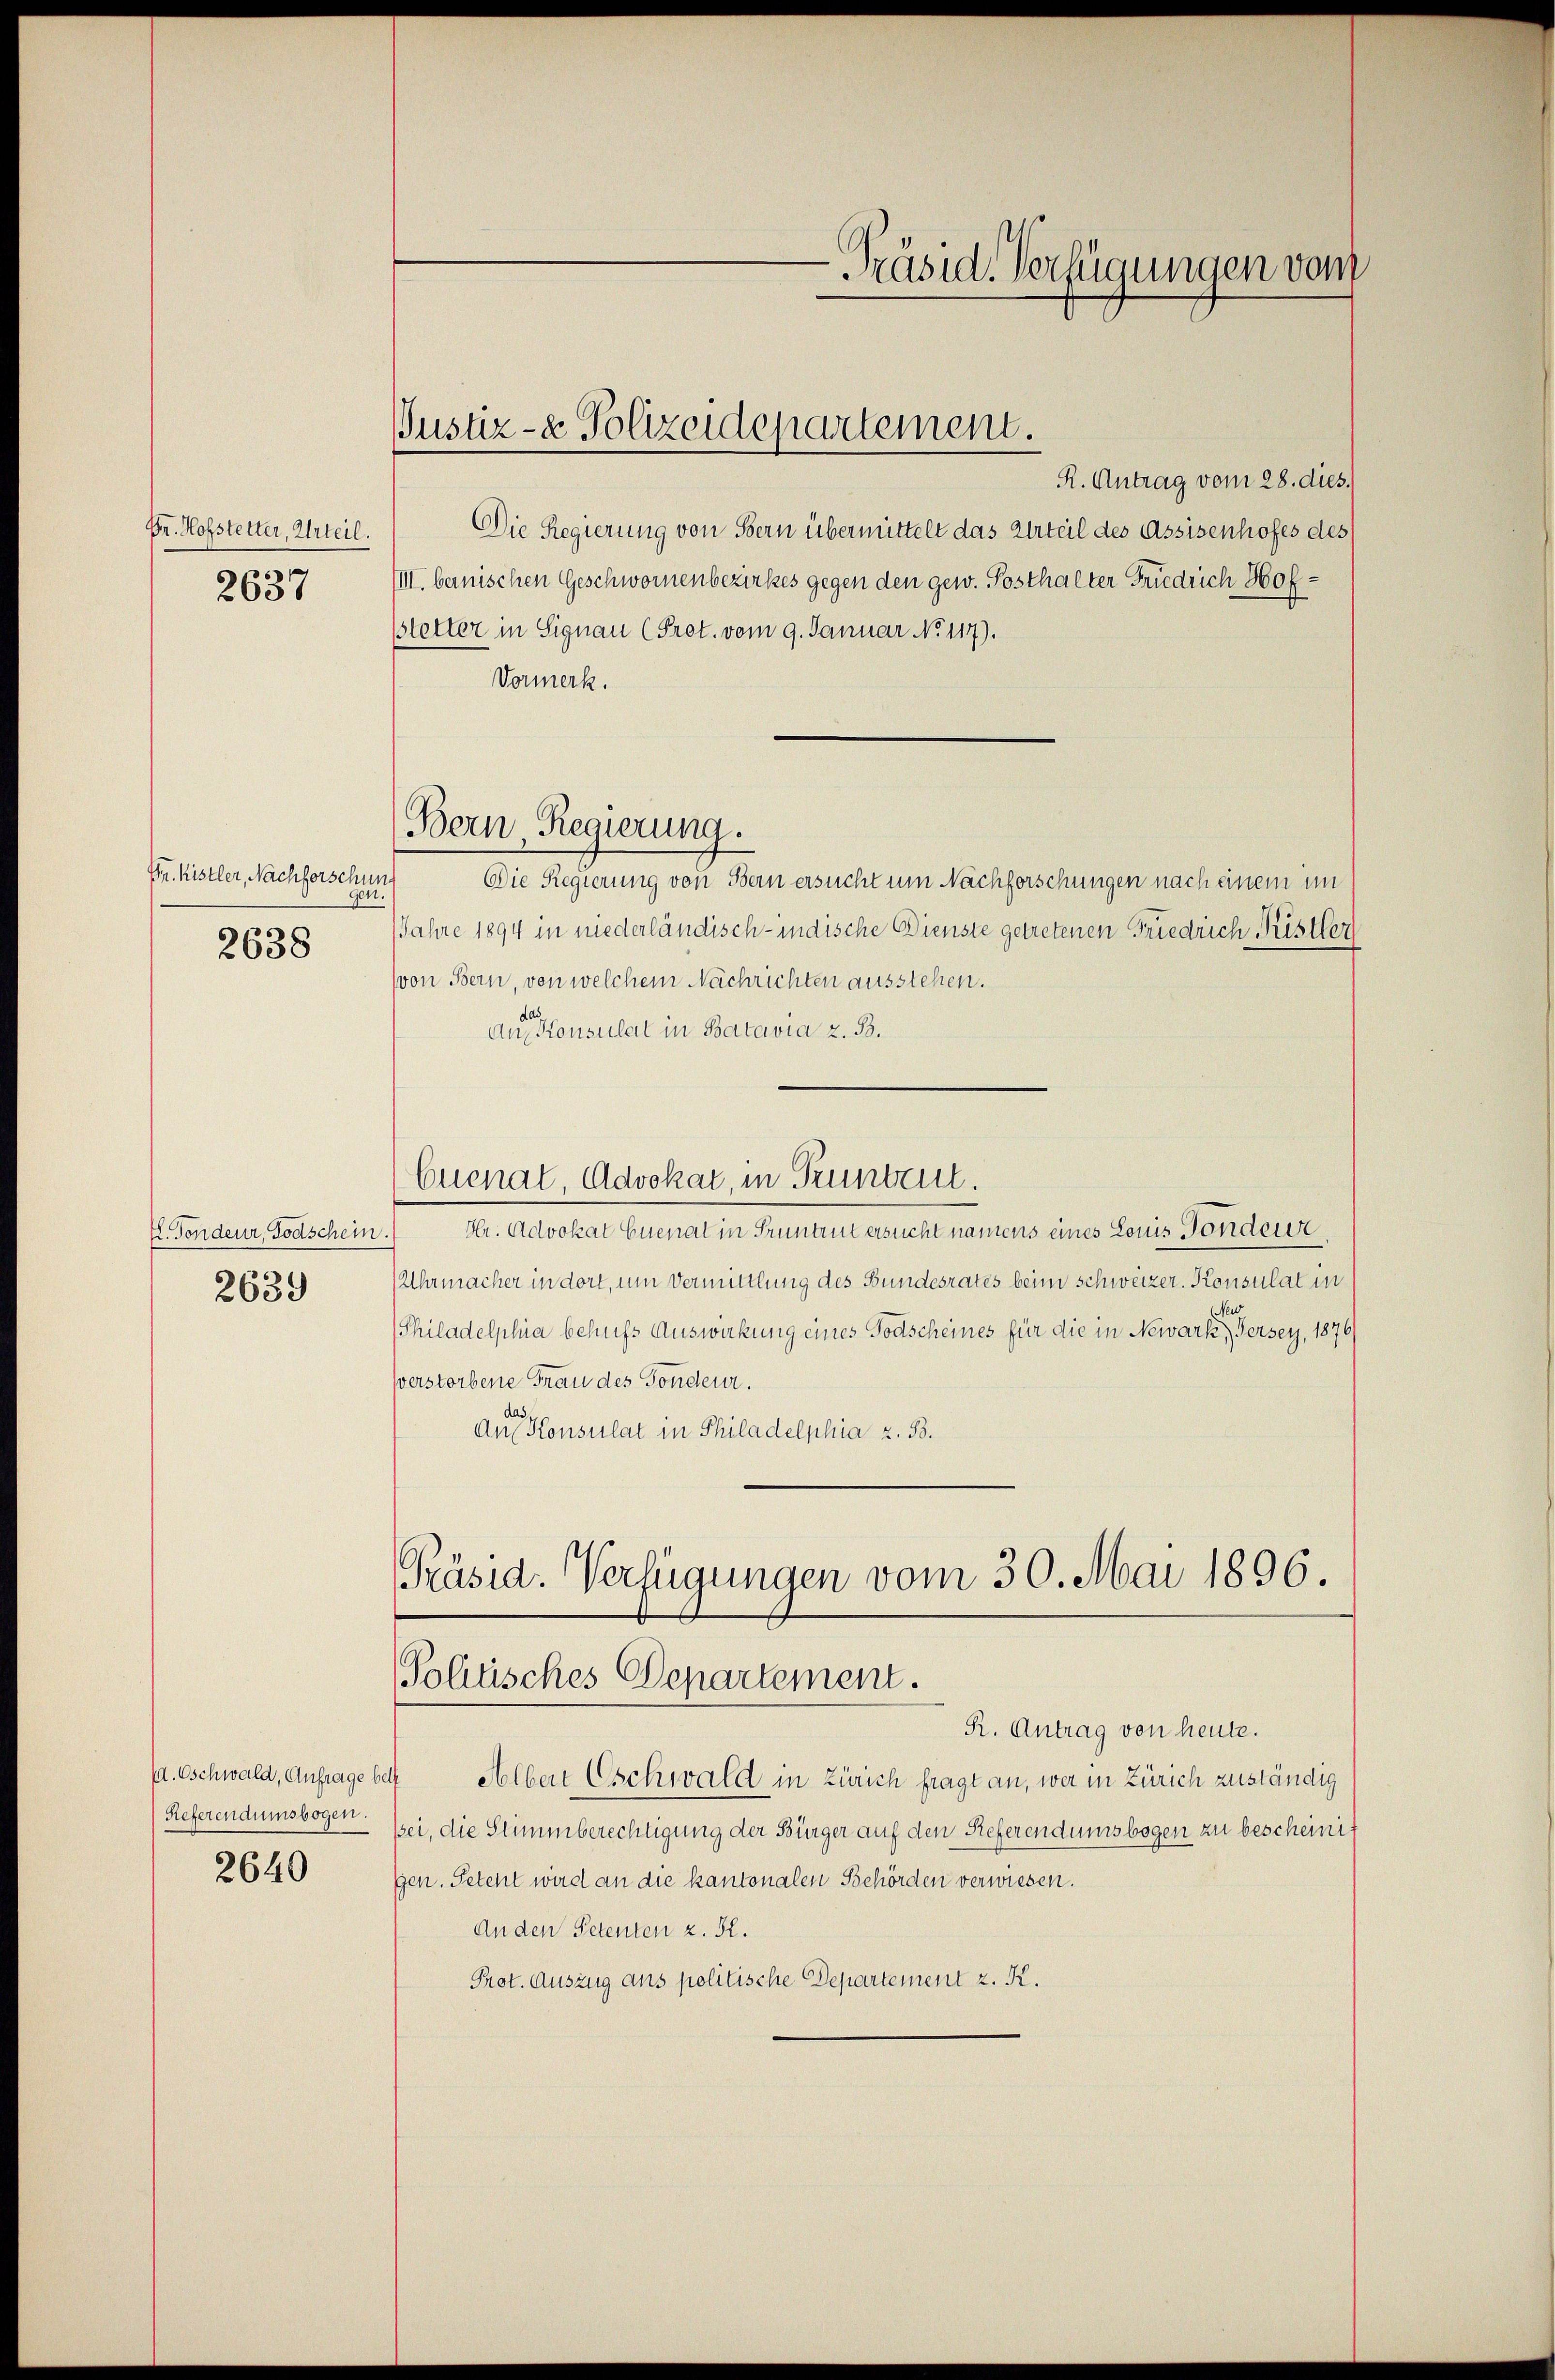
Dr. Hofstetter, Urteil.
2637

Fr. Kistler, Nachforschus
gen.
2638

I. Fondeur, Todschein
2639

d. Oschwald, Anfrage bet
(Referendumsbogen.
2640

Justiz- & Polizeidepartement.

Bern, Regierung.

Präsid. Verfügungen vom

R. Antrag vom 28. dies
Die Regierung von Bern übermittelt das Urteil des Assisenhofes des
III. bernischen Geschwornenbezirkes gegen den gew. Posthalter Friedrich Hofstetter in Signau (Prot. vom 9. Januar No 117).
Vormerk.
Die Regierung von Bern ersucht um Nachforschungen nach einem im
JJahre 1894 in niederländisch-indische Dienste getretenen Friedrich Ristler
(von Bern, ven welchem Nachrichten ausstehen.
aue Konsulat in Batavia z. B.
Cuenat, Advokat, in Pruntreut.
Hr. Advokat Cuenat in Pruntrut ersucht namens eines Louis Fondeur.
Uhrmacher in dort, um Vermittlung des Bundesrates beim Schweizer. Konsulat in
Philadelphia behufs Auswirkung eines Todscheines für die in Newark, Fersey, 1876
verstorbene Frau des Sonderer.
Aer Konsulat in Philadelphia z. B.
Präsid. Verfügungen vom 30. Mai 1896.
Politisches Departement.
R. Antrag von heute.
 Alber Eschwald in Zürich fragt an, wer in Zürich zuständig
ssei, die Stimmberechtigung der Bürger auf den Referendumsbogen zu bescheinit
gen. Petent wird an die kantonalen Behörden verwiesen.
An den Petenten z. 52.
Prot. Auszug aus politische Departement z. K.